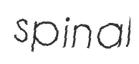
spinal